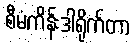
စီမံကိန်းဒါရိုက်တာ